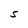
Character: S